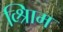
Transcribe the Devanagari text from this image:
व्श्रिाम